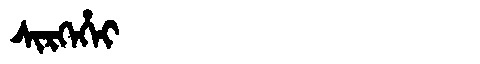
Manchu: ᠰᡳᡵᡴᡝᡥᡝᡳ
Romanization: SIRKEHEI